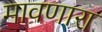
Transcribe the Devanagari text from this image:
मावणारा